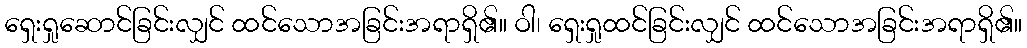
ရှေးရှုဆောင်ခြင်းလျှင် ထင်သောအခြင်းအရာရှိ၏။ ဝါ၊ ရှေးရှုထင်ခြင်းလျှင် ထင်သောအခြင်းအရာရှိ၏။